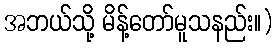
အဘယ်သို့ မိန့်တော်မူသနည်း။)